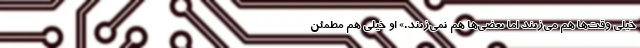
خیلی وقت‌ها هم می‌زنند اما بعضی‌ها هم نمی‌زنند.» او خیلی هم مطمئن